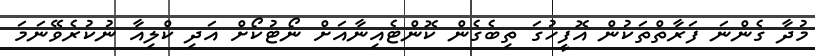
މުދާ ގެންނަ ފަރާތްތަކުން އޮފީހުގަ ތިބެގެން ކޮންޓެއިނާއަށް ނޯޓުކޯށް އަދި ކްލިއާ ނުކުރެވޭނަމަ